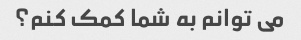
می توانم به شما کمک کنم؟